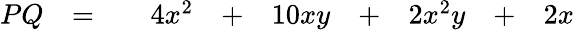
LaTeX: \begin{array}{rccrcrcrcr}{PQ}&{=}&{}&{4x^{2}}&{+}&{10xy}&{+}&{2x^{2}y}&{+}&{2x}\end{array}